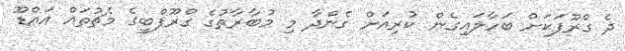
ދެ ގްރޫޕަކަށް ބަހާލައިގެން ކުރިއަށް ގެންދާ މި މުބާރާތުގެ ގްރޫޕްބީގެ މެޗުތައް އައްޑޫ